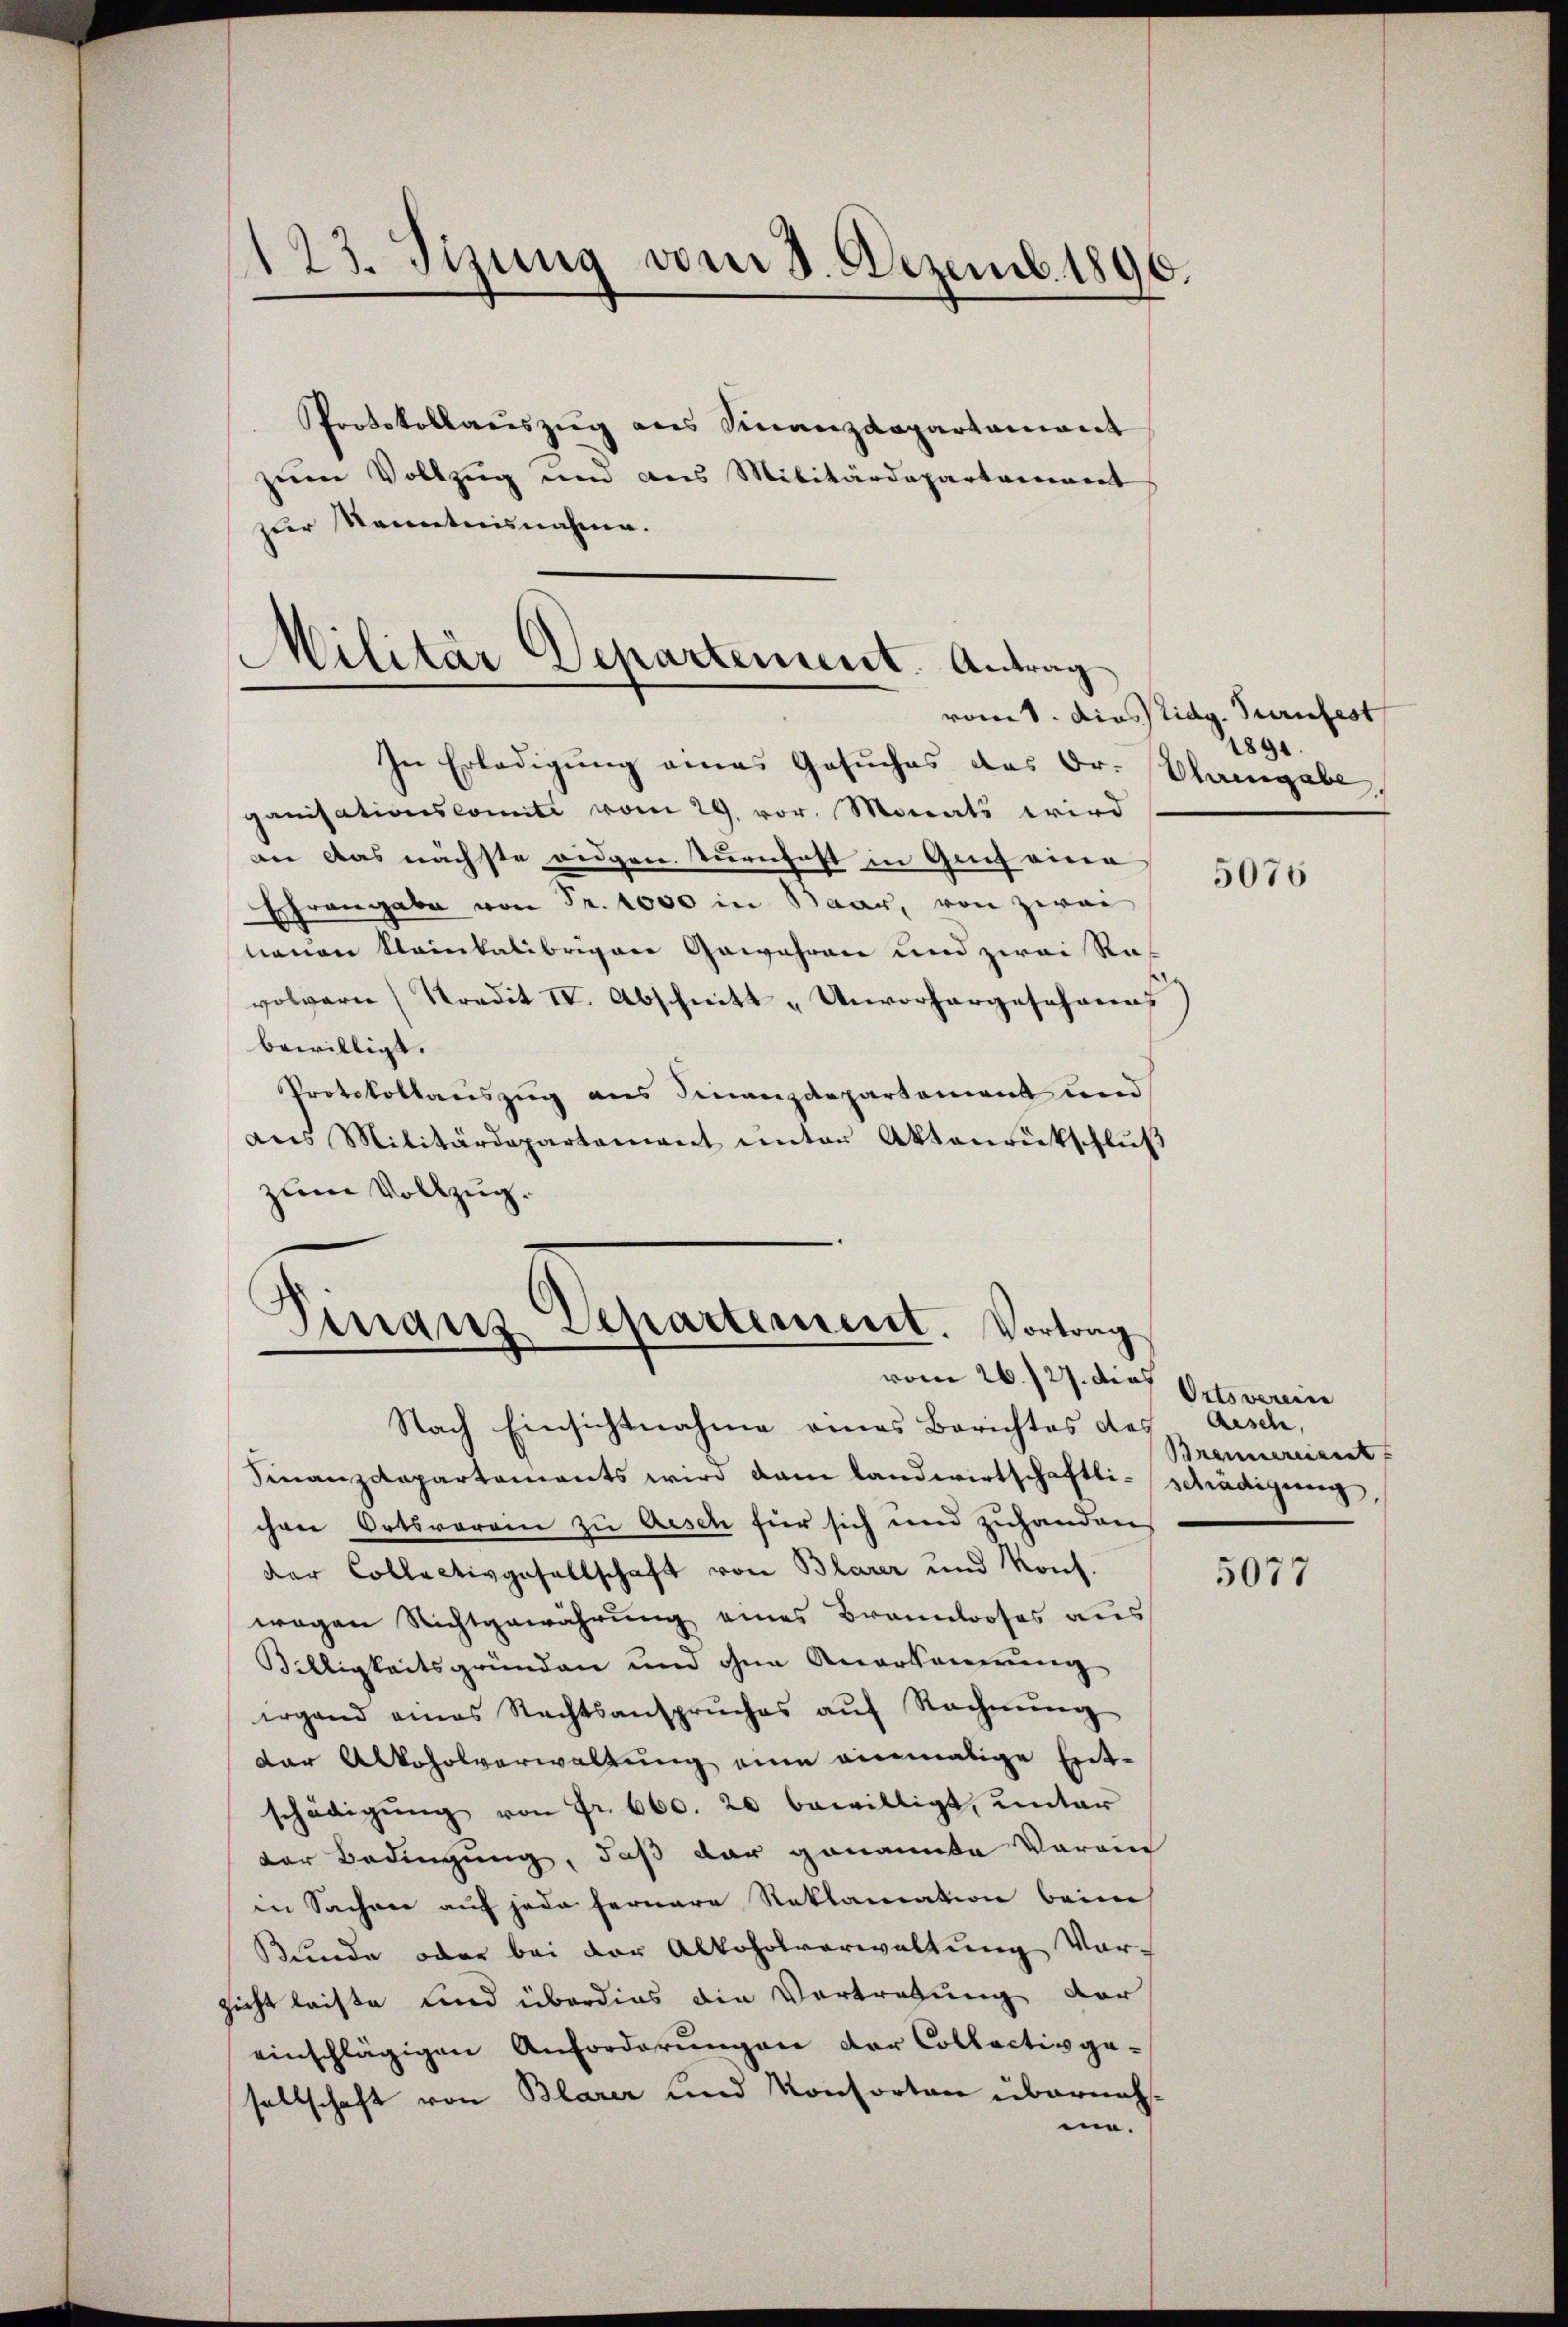
Protokollaŭszŭg als Finanzdepartamant
zum Vollzug und aus Militärdepartament
Der Kenntnisnahme.

123. Sizung vom 3. Dezemb. 1890.

Militär Departement. Antrag

In Erledigung eines Gesuches das Dr. Plangabe
ganisationscomite vom 29. vor. Monats wird
an das nächste eidgen. Turnhoft in Genf eine
Ehrangabe von Fr. 1000 in Baar, von zwei
neuen Kleinkalibrigere Gewähren und zwei Ras
volgerne Kredit IV. Abschnitt „Unvorhergeschanns
bewilligt.
Protokollauszug aus Finanzdepartement und
dis Militärdepartement unter Aktenrütschlŭβ
zum Vollzug.
Iinaus Departement. Vortrag

vom 26./27. dieß

vomt. Diesstidg. Turnfest
1891.

Nach Einsichtnahme eines Berichtes des Aesch,
Finanzdepartaments wird dem landwirtschaftli-Schädigung,
ihen Ortsvoran zu Aesch für sich und zuhanden
der Collectivgesellschaft von Blarer und Kons.
wegen Nichtgewährung eines Brannloses aus
Billigkeitsgründen und ohne Anerkennung
irgend eines Nachtsansprŭches aŭf Rechnŭng
dar Alkoholverwaltung eine einmalige Entschädigŭng von Fr. 660. 20 bewilligt, unter
der Bedingung, daß dar genannte Verein
in Sacher auf jede fernere Reklamation beim
Bunde oder bei der Alkoholverwaltung Vor-
zicht leiste und überdies die Vertretung der
einschlägigen Anforderungen der Collectivge-
sellschaft von Blarer und Konsorten übernehm.

5076

Ortsverein
Brennereient

5077